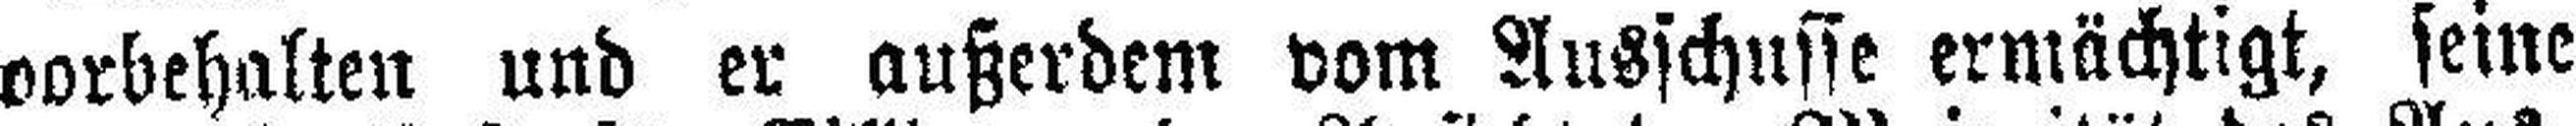
vorbehalten und er außerdem vom Ausschusse ermächtigt, seine